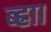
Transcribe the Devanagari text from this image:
ब्ह्राा